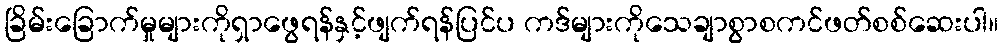
ခြိမ်းခြောက်မှုများကိုရှာဖွေရန်နှင့်ဖျက်ရန်ပြင်ပ ကဒ်များကိုသေချာစွာစကင်ဖတ်စစ်ဆေးပါ။